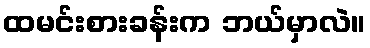
ထမင်းစားခန်းက ဘယ်မှာလဲ။